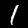
Digit: 1